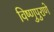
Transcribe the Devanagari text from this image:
विष्णुपुराणे